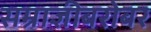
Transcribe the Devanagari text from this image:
सम्राज्ञीबरोबर